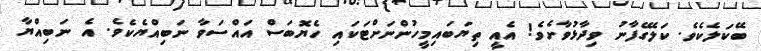
ބޭކަލެކެވެ. ކަލޭގެފާނު ވިދާޅުވާށެވެ! އެއީ ތިޔަބައިމީހުންނަށްޓަކައި ހެޔޮބަސް އައްސަވާ ނަބިއްޔެކެވެ. އެ ނަބިއްޔާ